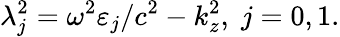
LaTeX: \lambda_{j}^{2}=\omega^{2}\varepsilon_{j}/c^{2}-k_{z}^{2},\; j=0,1.